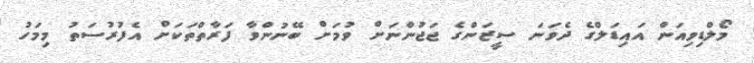
މޯލްޑިވިއަން އައިޑަލްގެ ދެވަނަ ސީޒަންގެ ޖަޖުންނަށް ވުމަށް ބޭނުންވާ ފަރާތްތަކަށް އެފުރުސަތު މިމަހު